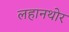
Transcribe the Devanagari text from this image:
लहानथोर